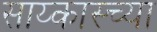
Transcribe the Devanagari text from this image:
साय्कास्च्या